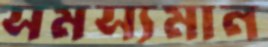
সমস্যমান